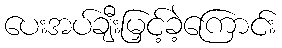
ပေးအပ်ချီးမြှင့်ခဲ့ကြောင်း